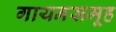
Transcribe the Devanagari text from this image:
गायनसमूह